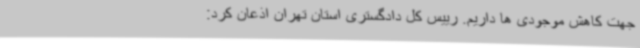
جهت کاهش موجودی ها داریم. رییس کل دادگستری استان تهران اذعان کرد: